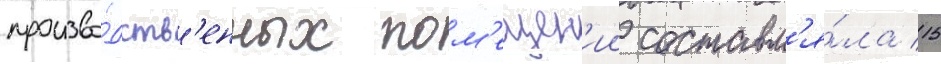
произво́дств'енных пом'ещен'ии составл'я́ла 15